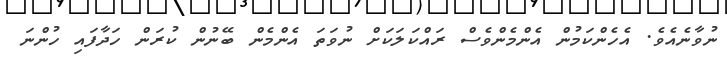
ނުވާނެއެވެ. އެހެންކަމުން އެންމެންވެސް ރައްކަލަކަށް ނުވަތަ އެންމެން ބޭނުން ކުރަން ހަދާފައި ހުންނަ